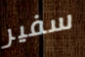
سفير